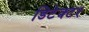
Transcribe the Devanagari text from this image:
डिटेक्‍टर